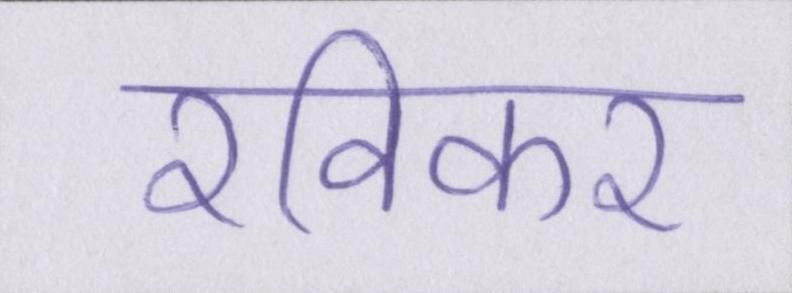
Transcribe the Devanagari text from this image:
रविकर